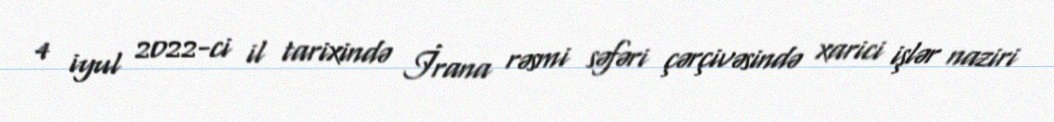
4 iyul 2022-ci il tarixində İrana rəsmi səfəri çərçivəsində xarici işlər naziri